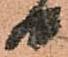
日